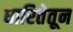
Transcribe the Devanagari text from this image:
धारितेतून